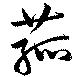
菰